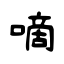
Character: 嘀